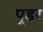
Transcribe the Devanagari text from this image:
पूडर